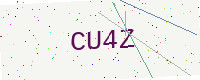
Text: CU4Z